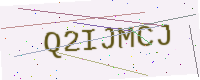
Text: Q2IJMCJ